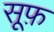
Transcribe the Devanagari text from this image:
सूफ़